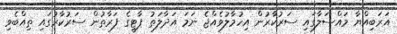
އަރަބިއްޔާ މައްސަލާގައި ސަރުކާރުން އިހުމާލުވެއްޖެ ނަމަ އަދާލަތު ޕާޓީގެ ފަރާތުން ސަރުކާރުގައި ތިއްބެވި